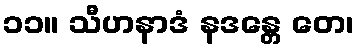
၁၁။ သီဟနာဒံ နဒန္တေ တေ၊